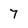
Character: 7